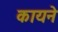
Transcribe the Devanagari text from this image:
कायने